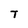
Character: T